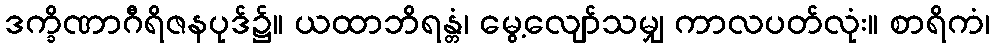
ဒက္ခိဏာဂီရိဇနပုဒ်၌။ ယထာဘိရန္တံ၊ မွေ့လျော်သမျှ ကာလပတ်လုံး။ စာရိကံ၊